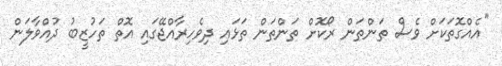
"އެއްގޮތަކަށް ވެސް ތަންތަން ރޯކޮށް ތަންތަން ތަޅައި ދިވެހިރާއްޖޭގައި އޮތް ތަހުޒީބު ދުއްވާލަން